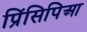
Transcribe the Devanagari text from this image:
प्रिंसिपिआ